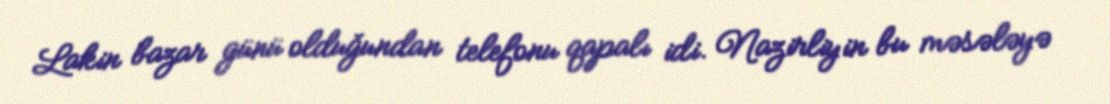
Lakin bazar günü olduğundan telefonu qapalı idi. Nazirliyin bu məsələyə